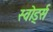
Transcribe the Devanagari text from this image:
स्वोर्ड्स